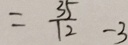
= \frac { 3 5 } { 1 2 } - 3